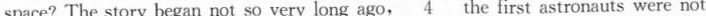
space?The story began not so very long ago,